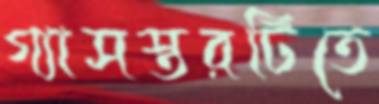
গ্যাসস্তরটিতে